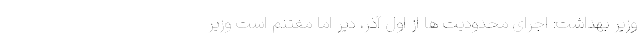
وزیر بهداشت: اجرای محدودیت ها از اول آذر، دیر اما مغتنم است وزیر